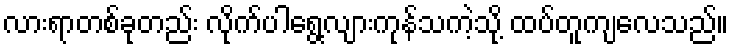
လားရာတစ်ခုတည်း လိုက်ပါရွေ့လျားကုန်သကဲ့သို့ ထပ်တူကျလေသည်။